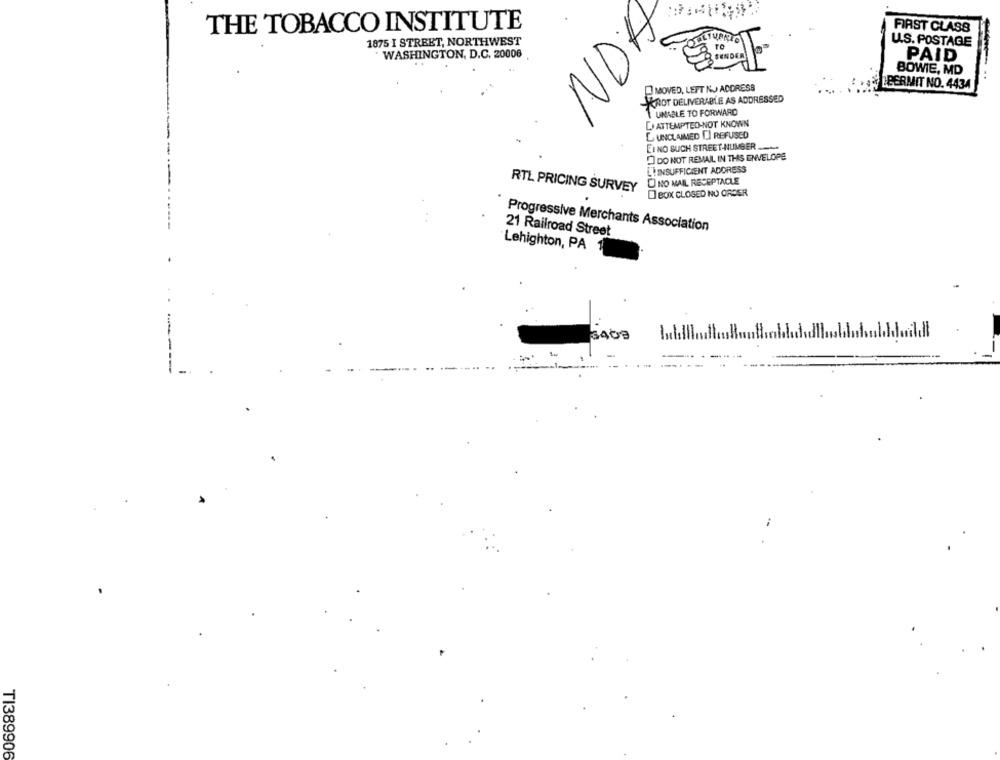
THE TOBACCO INSTITUTE
FIRST CLASS
1875 I STREET, NORTHWEST
TURKI
U.S. POSTAGE
WASHINGTON, D.C. 20006
PAID
BOWIE, MD
MOVED, LEFT KJ ADDRESS
LBERMIT NO. 4434
SKROT DELIVERABLE AS ADDRESSED
1 UNABLE TO FORWARD
LI ATTEMPTED-NOT KNOWN
L UNCLAIMED [.] REFUSED
EI NO SUCH STREET-NUMBER .......
DO NOT REMAIL IN THIS ENVELOPE
L'I INSUFFICIENT ADDRESS
O NO MAIL RECEPTACLE
RTL PRICING SURVEY
I BOX CLOSED NO ORDER
Progressive Merchants Association
21 Railroad Street
Lehighton, PA
3409
TI389906